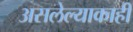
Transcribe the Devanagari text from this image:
असलेल्याकाही